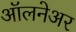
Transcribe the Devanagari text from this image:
ऑलनेअर